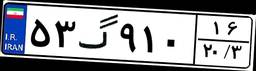
۵۳گ۹۱۰۱۶